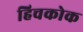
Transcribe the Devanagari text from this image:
हिचकोक